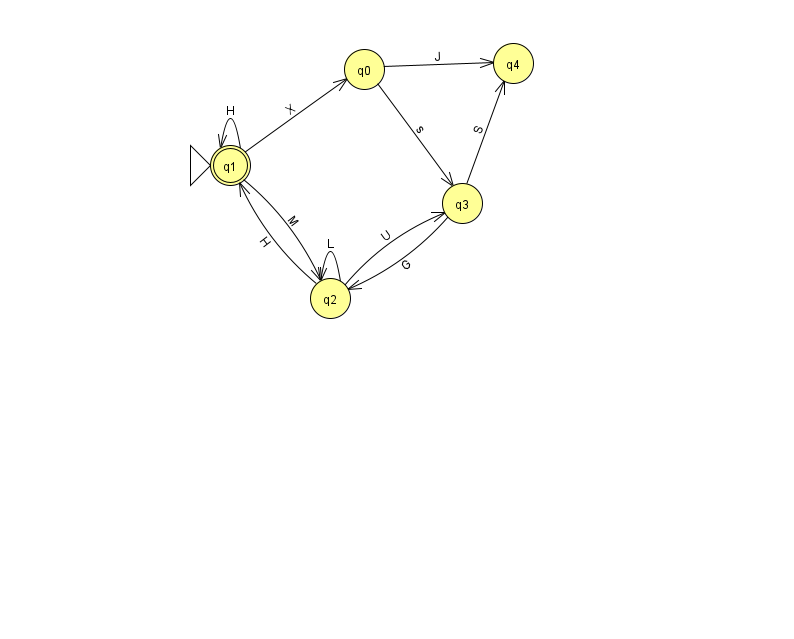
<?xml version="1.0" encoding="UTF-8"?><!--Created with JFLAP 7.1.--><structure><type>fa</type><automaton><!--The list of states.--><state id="0" name="q0"><x>364.0</x><y>56.0</y></state><state id="1" name="q1"><x>230.0</x><y>152.0</y><initial/><final/></state><state id="2" name="q2"><x>330.0</x><y>285.0</y></state><state id="3" name="q3"><x>462.0</x><y>190.0</y></state><state id="4" name="q4"><x>513.0</x><y>50.0</y></state><!--The list of transitions.--><transition><from>0</from><to>3</to><read>s</read></transition><transition><from>2</from><to>1</to><read>H</read></transition><transition><from>1</from><to>2</to><read>M</read></transition><transition><from>3</from><to>4</to><read>S</read></transition><transition><from>1</from><to>1</to><read>H</read></transition><transition><from>1</from><to>0</to><read>X</read></transition><transition><from>2</from><to>2</to><read>L</read></transition><transition><from>0</from><to>4</to><read>J</read></transition><transition><from>2</from><to>3</to><read>U</read></transition><transition><from>3</from><to>2</to><read>G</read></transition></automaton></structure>